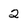
Character: 2